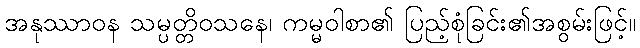
အနုဿာဝန သမ္ပတ္တိဝသနေ၊ ကမ္မဝါစာ၏ ပြည့်စုံခြင်း၏အစွမ်းဖြင့်။